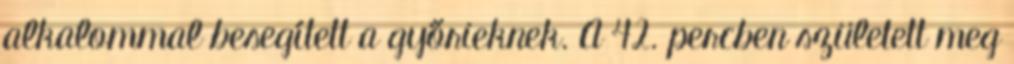
alkalommal besegített a győrieknek. A 42. percben született meg